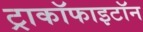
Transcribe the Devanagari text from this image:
ट्राकॉफाइटॉन